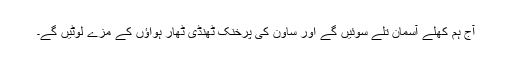
آج ہم کھلے آسمان تلے سوئیں گے اور ساون کی پرخنک ٹھنڈی ٹھار ہواؤں کے مزے لوٹیں گے۔